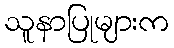
သူနာပြုများက